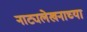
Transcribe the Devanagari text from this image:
नाट्यलेखनाच्या